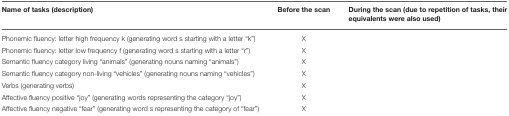
<table><thead><tr><td><b>Name of tasks (description)</b></td><td><b>Before the scan</b></td><td><b>During the scan (due to repetition of tasks, their equivalents were also used)</b></td></tr></thead><tbody><tr><td>Phonemic fluency: letter high frequency k (generating word s starting with a letter “k”)</td><td>X</td><td>[EMPTY_CELL]</td></tr><tr><td>Phonemic fluency: letter low frequency f (generating word s starting with a letter “r”)</td><td>X</td><td>[EMPTY_CELL]</td></tr><tr><td>Semantic fluency category living “animals” (generating nouns naming “animals”)</td><td>X</td><td>[EMPTY_CELL]</td></tr><tr><td>Semantic fluency category non-living “vehicles” (generating nouns naming “vehicles”)</td><td>X</td><td>[EMPTY_CELL]</td></tr><tr><td>Verbs (generating verbs)</td><td>X</td><td>[EMPTY_CELL]</td></tr><tr><td>Affective fluency positive “joy” (generating words representing the category “joy”)</td><td>X</td><td>[EMPTY_CELL]</td></tr><tr><td>Affective fluency negative “fear” (generating word s representing the category of “fear”)</td><td>X</td><td>[EMPTY_CELL]</td></tr></tbody></table>